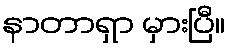
နာတာရှာ မှားပြီ။